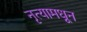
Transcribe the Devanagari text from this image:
नृत्यामधून